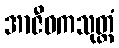
အာဇီဝကသုတ္တံ